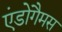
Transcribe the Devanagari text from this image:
एंडोगैमस